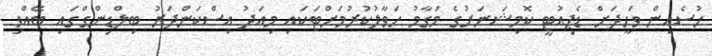
ހުސެއިން ވަހީދަށް ޑެޕިއުޓީ ކޮމިޝަނަރުގެ މަގާމު ހަވާލުކުރުމަށްޓަކައި މިއަދު އިސްކަންދަރު ބިލްޑިންގްގައި ބޭއްވި